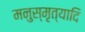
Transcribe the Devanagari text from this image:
मनुस्मृत्यादि